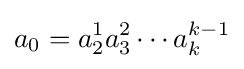
a_{0}=a_{2}^{1}a_{3}^{2}\cdots a_{k}^{k-1}